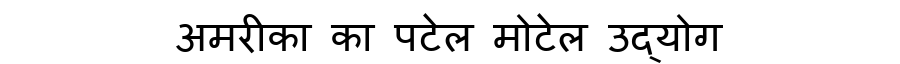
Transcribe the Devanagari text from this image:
अमरीका का पटेल मोटेल उद्योग